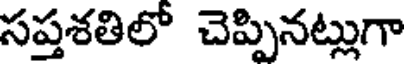
సప్తశతిలో చెప్పినట్లుగా